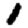
Digit: 1